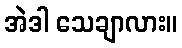
အဲဒါ သေချာလား။